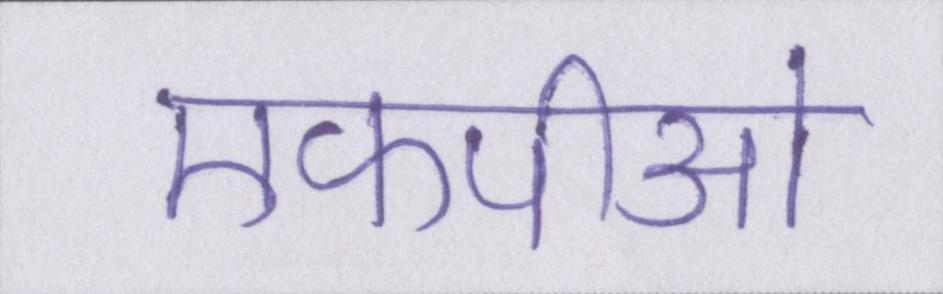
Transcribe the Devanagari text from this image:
एफपीओ